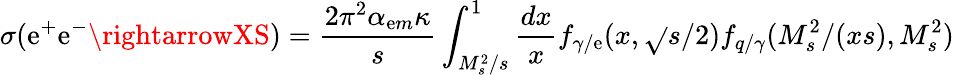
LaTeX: \sigma(\mathrm{e}^{+}\mathrm{e}^{-}\rightarrowXS)=\frac{{2\pi^{2}\alpha_{\mathrm{e}m}\kappa}}{{s}}\int_{M_{s}^{2}/s}^{1}\frac{{dx}}{{x}}f_{\gamma/\mathrm{e}}(x,\sqrt{}{{s}}/2)f_{q/\gamma}(M_{s}^{2}/(xs),M_{s}^{2})